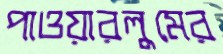
পাওয়ারলুমের